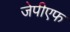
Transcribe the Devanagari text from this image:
जेपीएफ